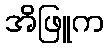
အိဖြူက